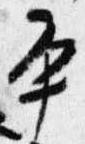
平